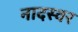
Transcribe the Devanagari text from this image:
नादस्वर